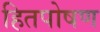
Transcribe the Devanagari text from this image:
हितपोषण